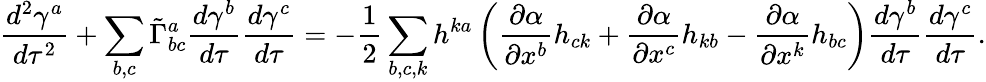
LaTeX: \frac{d^{2}\gamma^{a}}{d\tau^{2}}+\sum_{b,c}\tilde{\Gamma}_{bc}^{a}\frac{d\gamma^{b}}{d\tau}\frac{d\gamma^{c}}{d\tau}=-\frac{1}{2}\sum_{b,c,k}h^{ka}\left(\frac{\partial\alpha}{\partial x^{b}}h_{ck}+\frac{\partial\alpha}{\partial x^{c}}h_{kb}-\frac{\partial\alpha}{\partial x^{k}}h_{bc}\right)\frac{d\gamma^{b}}{d\tau}\frac{d\gamma^{c}}{d\tau}.